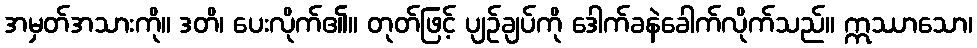
အမှတ်အသားကို။ ဒတိ၊ ပေးလိုက်၏။ တုတ်ဖြင့် ပျဉ်ချပ်ကို ဒေါက်ခနဲခေါက်လိုက်သည်။ ဣဿာသော၊